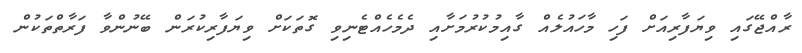
ރާއްޖޭގައި ވިޔަފާރިއަށް ފަހި މާހައުލެއް ގާއިމުކުރުމަށާއި ދެމެހެއްޓެނިވި ގޮތަކަށް ވިޔަފާރިކުރަން ބޭނުންވާ ފަރާތްތަކުން